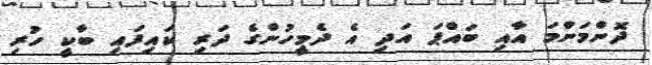
ދޮންމަންމަ އާއި ބައްޕަ އަދި އެ ދެމީހުންގެ ދަރި ކައިފައި ބާކީ ހުރި